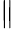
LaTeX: \|